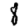
Digit: 8